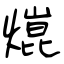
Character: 熴